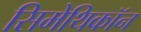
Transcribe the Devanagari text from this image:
सिमेथिकॉन